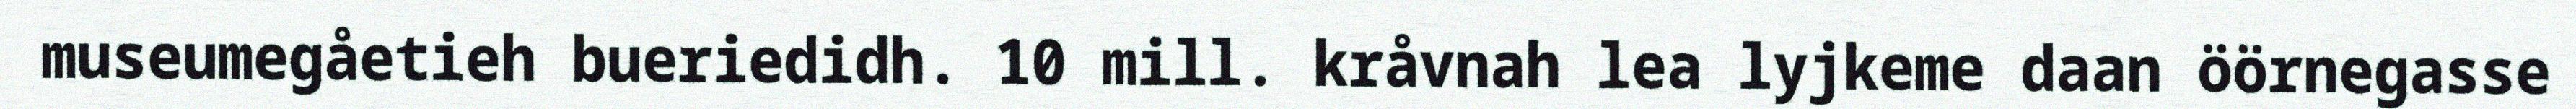
museumegåetieh bueriedidh. 10 mill. kråvnah lea lyjkeme daan öörnegasse